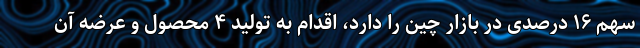
سهم ۱۶ درصدی در بازار چین را دارد، اقدام به تولید ۴ محصول و عرضه آن